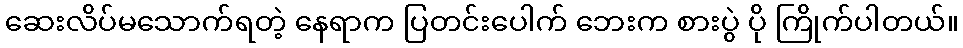
ဆေးလိပ်မသောက်ရတဲ့ နေရာက ပြတင်းပေါက် ဘေးက စားပွဲ ပို ကြိုက်ပါတယ်။